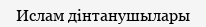
Ислам дінтанушылары